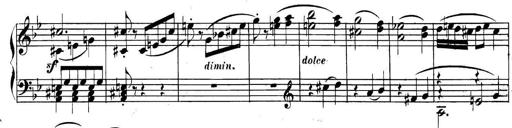
Title: Collected Piano Sonatas
Composer: Muzio Clementi